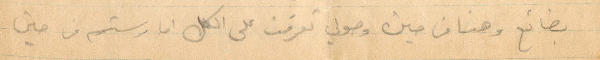
بضائع وهنا من حين وصولي تعرفت على الكل اما رستم من حين